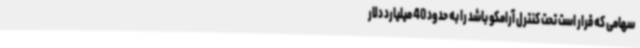
سهامی که قرار است تحت کنترل آرامکو باشد را به حدود 40 میلیارد دلار